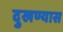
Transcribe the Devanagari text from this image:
दुखण्यास